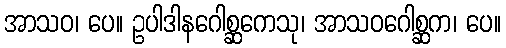
အာသဝ၊ ပေ။ ဥပါဒါနဂေါစ္ဆကေသု၊ အာသဝဂေါစ္ဆက၊ ပေ။